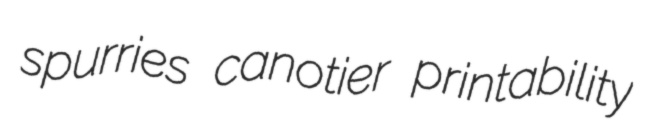
spurries canotier printability